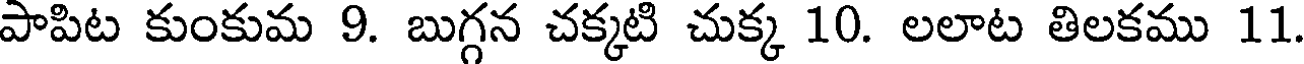
పాపిట కుంకుమ 9. బుగ్గన చక్కటి చుక్క 10. లలాట తిలకము 11.